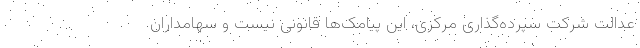
عدالت شرکت سپرده‌گذاری مرکزی، این پیامک‌ها قانونی نیست و سهامداران